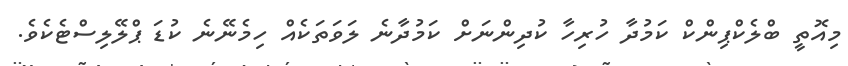
މިއޮތީ ބްލެކްޕިންކް ކަމުދާ ހުރިހާ ކުދިންނަށް ކަމުދާނެ ލަވަތަކެއް ހިމެނޭނެ ކުޑަ ޕްލޭލިސްޓެކެވެ.